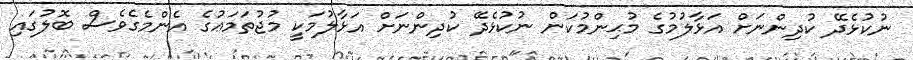
ނުކުޅެދޭ ކުދިންނަށް އަޅާލުމުގެ މުޙިންމުކަން ނުކުޅެދޭ ކުދިންނަށް އަޅާލުމަކީ މުޖުތަމަޢުގެ އެންމެގެވެސް ބޮލުގައި